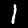
Digit: 1